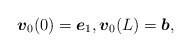
\begin{align*}\mbox{\mathversion{bold}$v$}_{0}(0)=\mbox{\mathversion{bold}$e$}_{1}, \mbox{\mathversion{bold}$v$}_{0}(L)=\mbox{\mathversion{bold}$b$},\end{align*}